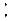
: